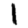
Digit: 1